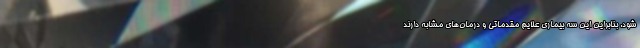
شود. بنابراین این سه بیماری علایم مقدماتی و درمان‌های مشابه دارند